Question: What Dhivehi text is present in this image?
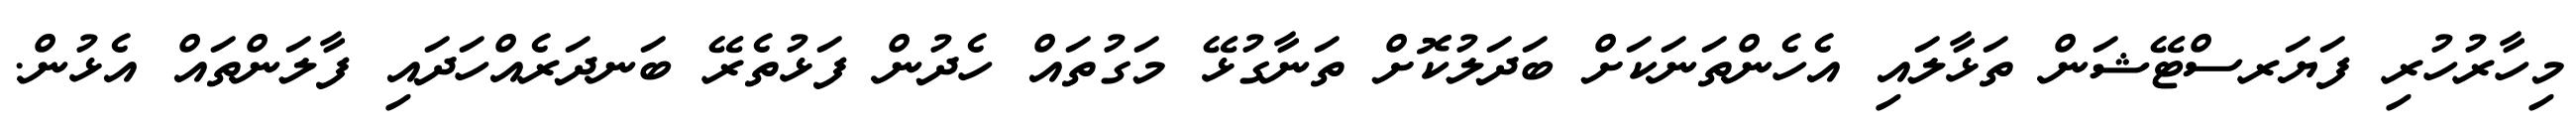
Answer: މިހާރުހުރި ފަޔަރސްޓޭޝަން ތަޅާލައި އެހެންތަނަކަށް ބަދަލުކޮށް ތަނާގުޅޭ މަގުތައް ހެދުން ފަޅުތެރޭ ބަނދަރެއްހަދައި ފާލަންތައް އެޅުން.